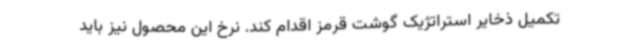
تکمیل ذخایر استراتژیک گوشت قرمز اقدام کند. نرخ این محصول نیز باید